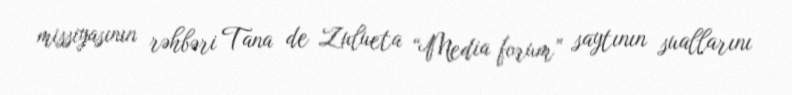
missiyasının rəhbəri Tana de Zulueta “Media forum” saytının suallarını